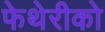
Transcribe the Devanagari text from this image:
फेथेरीको